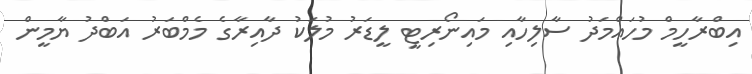
އިބްރާހީމް މުހައްމަދު ސާލިހާއި މައިނޯރިޓީ ލީޑަރު މުލަކު ދާއިރާގެ މެމްބަރު އަބްދު ޔާމީން